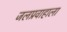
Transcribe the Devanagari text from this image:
जलप्रवाहाला